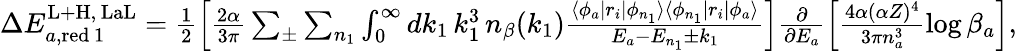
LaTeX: \begin{array}{r}{\Delta E_{a,\mathrm{red}\, 1}^{\mathrm{L+H},\, \mathrm{LaL}}=\frac{1}{2}\left[\frac{2\alpha}{3\pi}\sum_{\pm}\sum_{n_{1}}\int_{0}^{\infty}dk_{1}\, k_{1}^{3}\, n_{\beta}(k_{1})\frac{\langle\phi_{a}|r_{i}|\phi_{n_{1}}\rangle\langle\phi_{n_{1}}|r_{i}|\phi_{a}\rangle}{E_{a}-E_{n_{1}}\pm k_{1}}\right]\frac{\partial}{\partial E_{a}}\left[\frac{4\alpha(\alpha Z)^{4}}{3\pi n_{a}^{3}}\log\beta_{a}\right],}\end{array}